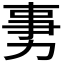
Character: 𠡸